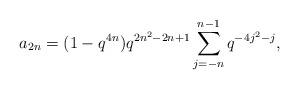
LaTeX: \begin{align*} a_{2n} = (1-q^{4n})q^{2n^2-2n+1}\sum_{j=-n}^{n-1}q^{-4j^2-j}, \end{align*}